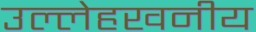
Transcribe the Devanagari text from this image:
उल्लेहखनीय